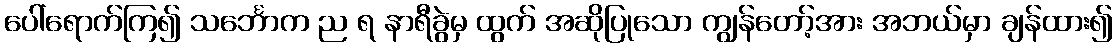
ပေါ်ရောက်ကြ၍ သင်္ဘောက ည ရ နာရီခွဲမှ ထွက် အဆိုပြုသော ကျွန်တော့်အား အဘယ်မှာ ချန်ထား၍